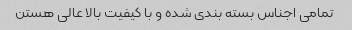
تمامی اجناس بسته بندی شده و با کیفیت بالا عالی هستن